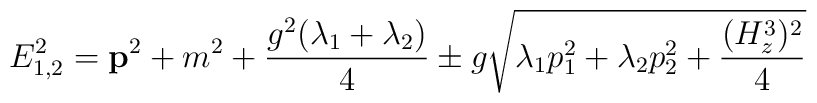
E^2_{1,2}={\bf p}^2 + m^2 +\frac{g^2(\lambda_1+\lambda_2)}{4} \pm g\sqrt{\lambda_1 p^2_1+\lambda_2p^2_2+\frac{(H^3_z)^2}{4}}